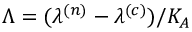
\Lambda = ( \lambda ^ { ( n ) } - \lambda ^ { ( c ) } ) / K _ { A }